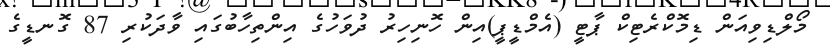
މޯލްޑިވިއަން ޑިމޮކްރެޓިކް ޕާޓީ (އެމްޑީޕީ)އިން ހޮނިހިރު ދުވަހުގެ އިންތިހާބުގައި ވާދަކުރި 87 ގޮނޑީގެ